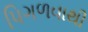
પિગળવાથી